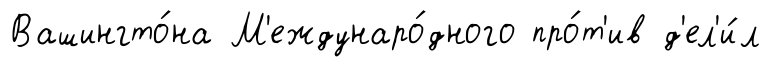
Вашингто́на М'еждунаро́дного про́т'ив д'ел'и́л